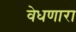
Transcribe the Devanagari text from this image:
वेधणारा